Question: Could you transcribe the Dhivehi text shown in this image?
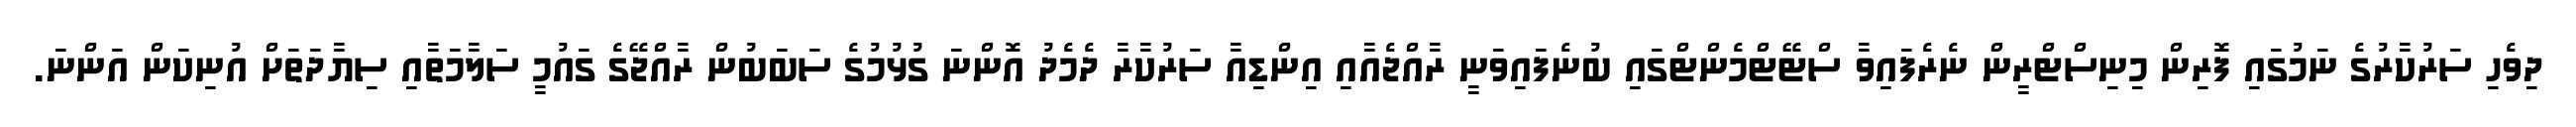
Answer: ދިވެހި ސަރުކާރުގެ ނަމުގައި ފޮރިން މިނިސްޓްރީން ނެރެފައިވާ ސްޓޭޓްމެންޓްގައި ބުނެފައިވަނީ ރާއްޖެއާއި އިންޑިއާ ސަރުކާރާ ދެމެދު އޮންނަ ގުޅުމުގެ ސަބަބުން ރާއްޖޭގެ ގައުމީ ސަލާމަތާއި ސިޔާދަތަށް އުނިކަން އަންނަ.